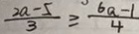
\frac { 2 a - 5 } { 3 } \geq \frac { 6 a - 1 } { 4 }